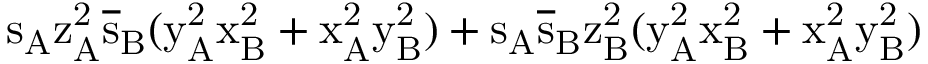
\mathrm { s _ { A } \mathrm { z _ { A } ^ { 2 } \mathrm { \overline { { s } } _ { B } ( \mathrm { y _ { A } ^ { 2 } \mathrm { x _ { B } ^ { 2 } + \mathrm { x _ { A } ^ { 2 } \mathrm { y _ { B } ^ { 2 } ) + \mathrm { s _ { A } \mathrm { \overline { { s } } _ { B } \mathrm { z _ { B } ^ { 2 } ( \mathrm { y _ { A } ^ { 2 } \mathrm { x _ { B } ^ { 2 } + \mathrm { x _ { A } ^ { 2 } \mathrm { y _ { B } ^ { 2 } ) } } } } } } } } } } } } } }